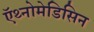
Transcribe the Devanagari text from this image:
ऍथ्नोमेडिसिन